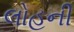
લોહની